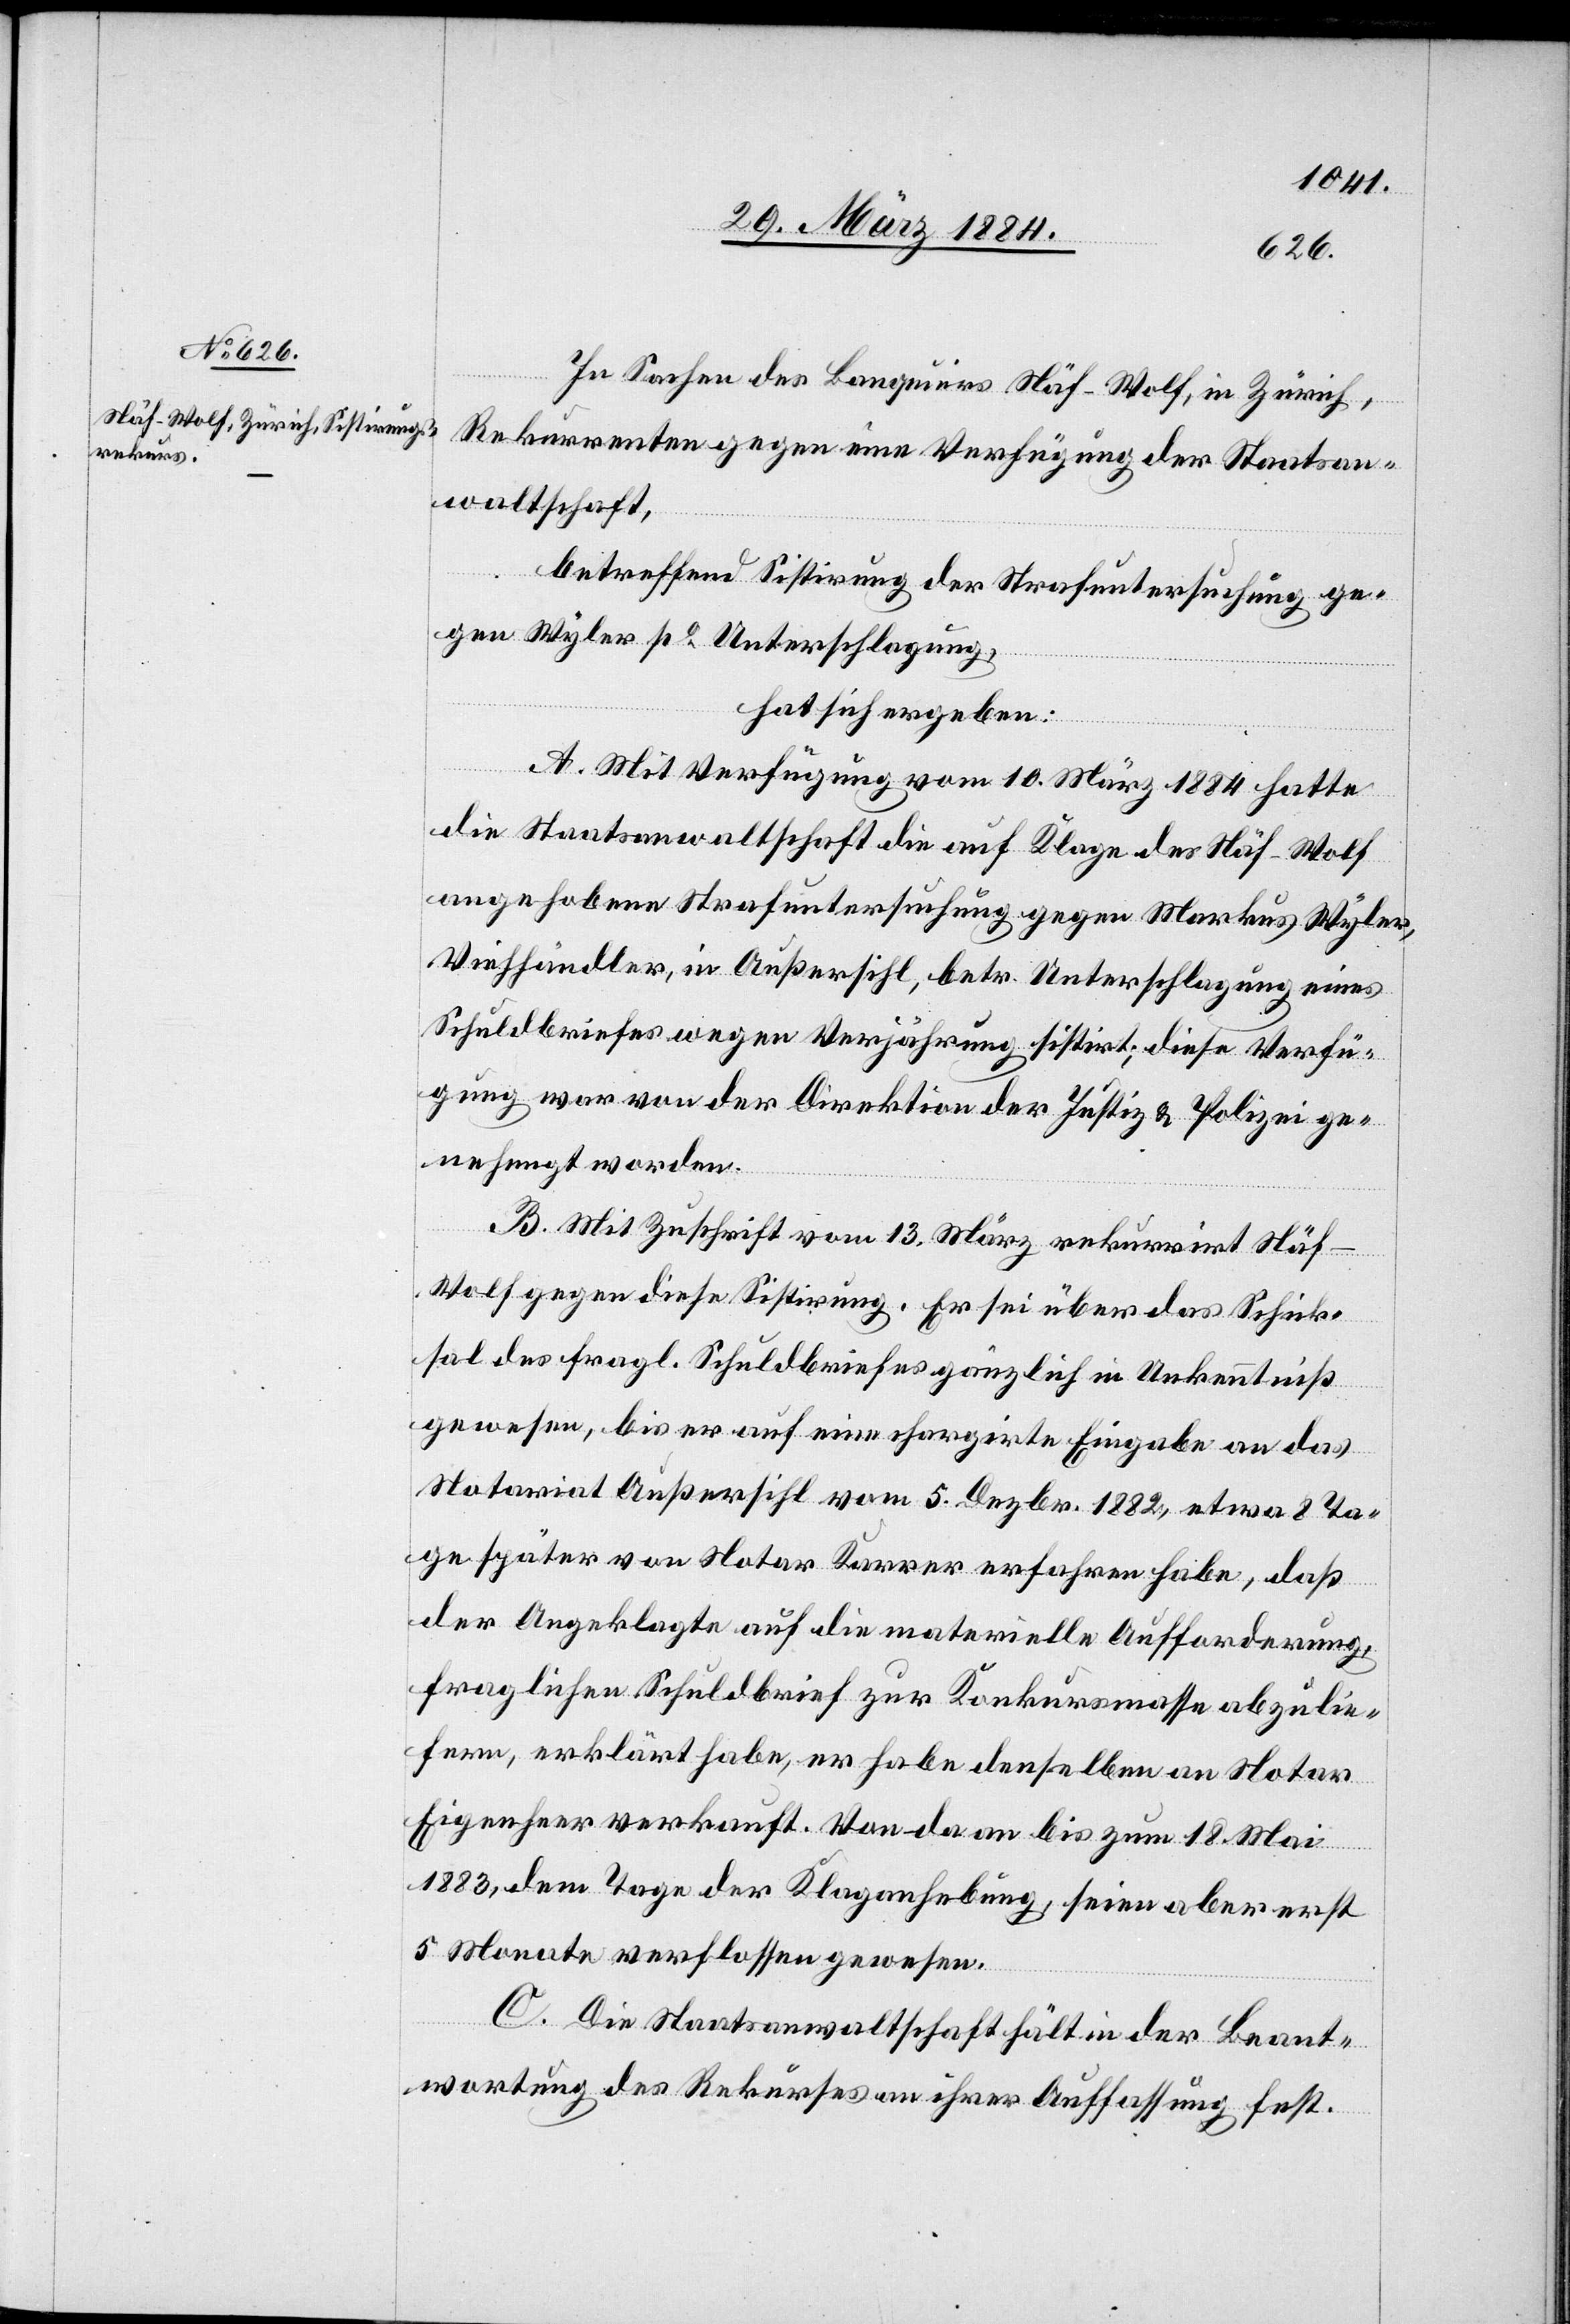
In Sachen des Lanquiers Näf-Wolf, in Zürich,
Rekurrenten gegen eine Verfügung der Staatsan¬
waltschaft,
betreffend Sistirung der Strafuntersuchung ge¬
gen Wyler po Unterschlagung,
hat sich ergeben:
A. Mit Verfügung vom 10. März 1884 hatte
die Staatsanwaltschaft die auf Klage des Näf-Wolf
angehobene Strafuntersuchung gegen Markus Wyler,
Viehhändler, in Außersihl, betr. Unterschlagung eines
Schuldbriefes wegen Verjährung sistirt; diese Verfü¬
gung war von der Direktion der Justiz & Polizei ge¬
nehmigt worden.
B. Mit Zuschrift vom 13. März rekurrirt Näf-W¬
olf gegen diese Sistierung. Er sei über das Schick¬
sal des fragl. Schuldbriefes gänzlich in Unkenntniß
gewesen, bis er auf eine chargirte Eingabe an das
Notariat Außersihl vom 5. Dezbr. 1882, etwa 8 Ta¬
ge später von Notar Karrer erfahren habe, daß
der Angeklagte auf die materielle Aufforderung,
fraglichen Schuldbrief zur Konkursmasse abzulie¬
fern, erklärt habe, er habe denselben an Notar
Eigenheer verkauft. Von da an bis zum 18. Mai
1883, dem Tage der Klagehebung, seien aber erst
5 Monate verflossen gewesen.
C. Die Staatsanwaltschaft hält in der Beant¬
wortung des Rekurses an ihrer Auffassung fest.